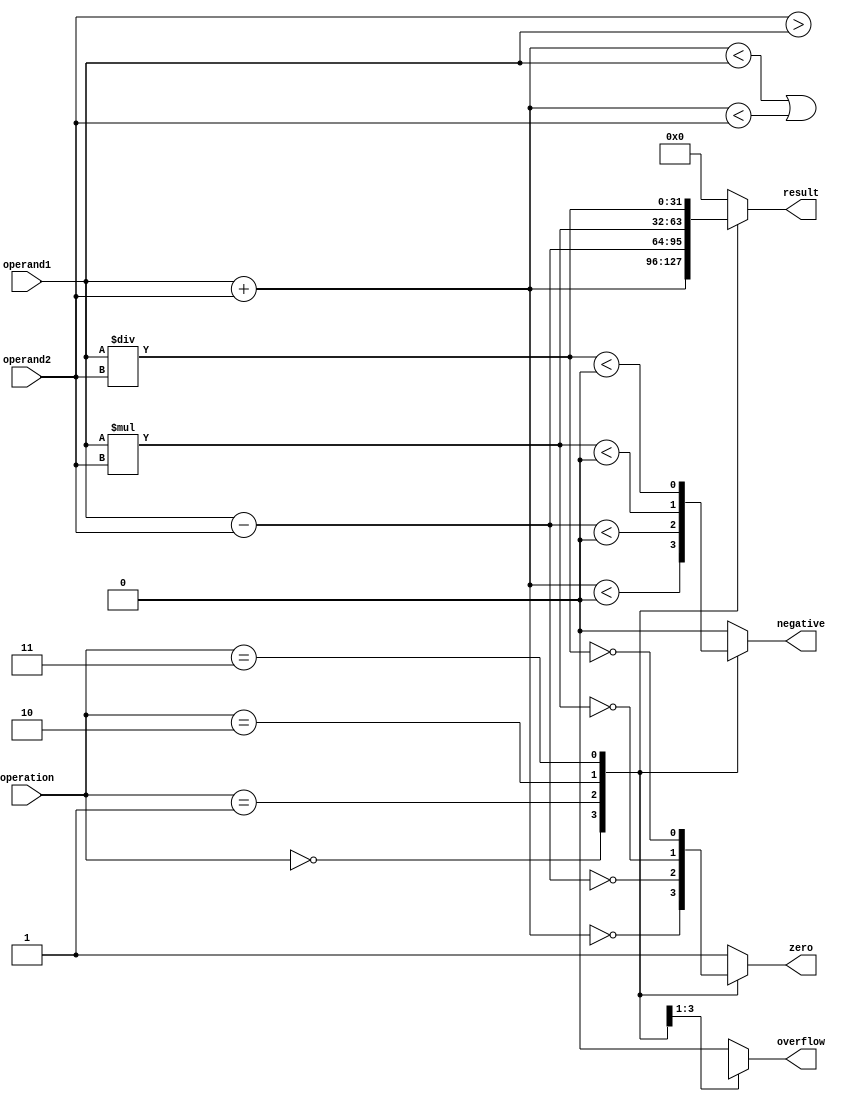
module ALU(
    input [31:0] operand1,
    input [31:0] operand2,
    input [3:0] operation,  //0:Add, 1:Subtract, 2:Multiply, 3:Divide
    output reg [31:0] result,
    output reg zero,
    output reg overflow,
    output reg negative
);

always @(*)
begin
    case(operation)
        4'b0000: //Add
            begin
                result = operand1 + operand2;
                zero = (result == 0);
                overflow = (result < operand1) || (result < operand2);
                negative = (result < 0);
            end
        4'b0001: //Subtract
            begin
                result = operand1 - operand2;
                zero = (result == 0);
                overflow = (operand2 > operand1);
                negative = (result < 0);
            end
        4'b0010: //Multiply
            begin
                result = operand1 * operand2;
                zero = (result == 0);
                overflow = (result[63:32] != 32'h0);
                negative = (result < 0);
            end
        4'b0011: //Divide
            begin
                result = operand1 / operand2;
                zero = (result == 0);
                overflow = 0; // Division does not produce overflow
                negative = (result < 0);
            end
        default:
            begin
                result = 32'h0;
                zero = 1'b1;
                overflow = 1'b0;
                negative = 1'b0;
            end
    endcase
end

endmodule